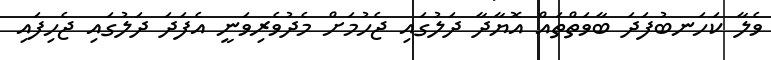
ވެލާ ކަހަނބުފަދަ ބާވަތްތައް އޮޔާދާ ދަލުގައި ޖެހުމަށް މެދުވެރިވަނީ އެފަދަ ދަލުގައި ޖެހިފައި